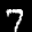
Label: 7